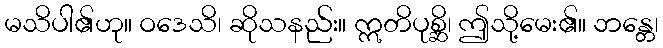
မသိပါ၏ဟု။ ဝဒေသိ၊ ဆိုသနည်း။ ဣတိပုစ္ဆိ၊ ဤသို့မေး၏။ ဘန္တေ၊